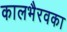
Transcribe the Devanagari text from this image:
कालभैरवका